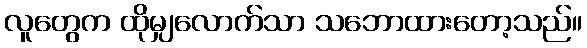
လူတွေက ထိုမျှလောက်သာ သဘောထားတော့သည်။